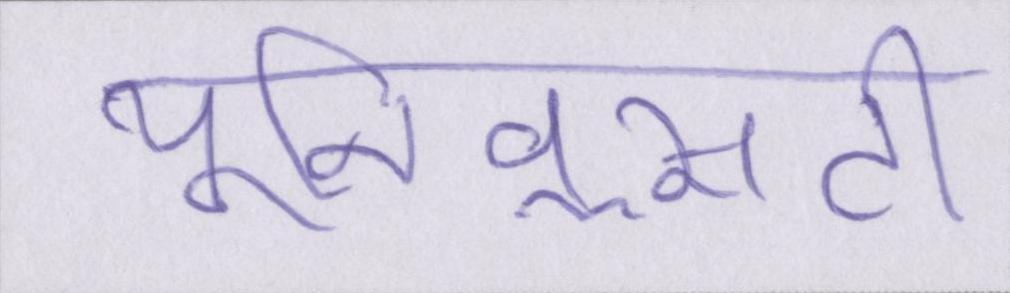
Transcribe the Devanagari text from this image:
यूनिवॢसटी